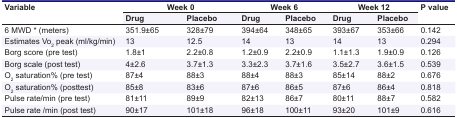
<table><thead><tr><td rowspan="2"><b>Variable</b></td><td colspan="2"><b>Week 0</b></td><td colspan="2"><b>Week 6</b></td><td colspan="2"><b>Week 12</b></td><td rowspan="2"><b>P value</b></td></tr><tr><td><b>Drug</b></td><td><b>Placebo</b></td><td><b>Drug</b></td><td><b>Placebo</b></td><td><b>Drug</b></td><td><b>Placebo</b></td></tr></thead><tbody><tr><td>6 MWD * (meters)</td><td>351.9±65</td><td>328±79</td><td>394±64</td><td>348±65</td><td>393±67</td><td>353±66</td><td>0.142</td></tr><tr><td>Estimates Vo<sub>2</sub> peak (ml/kg/min)</td><td>13</td><td>12.5</td><td>14</td><td>13</td><td>14</td><td>13</td><td>0.294</td></tr><tr><td>Borg score (pre test)</td><td>1.8±1</td><td>2.2±0.8</td><td>1.2±0.9</td><td>2.2±0.9</td><td>1.1±1.3</td><td>1.9±0.9</td><td>0.126</td></tr><tr><td>Borg scale (post test)</td><td>4±2.6</td><td>3.7±1.3</td><td>3.3±2.3</td><td>3.7±1.6</td><td>3.5±2.7</td><td>3.6±1.5</td><td>0.539</td></tr><tr><td>O<sub>2</sub> saturation% (pre test)</td><td>87±4</td><td>88±3</td><td>88±4</td><td>88±3</td><td>85±14</td><td>88±2</td><td>0.676</td></tr><tr><td>O<sub>2</sub> saturation% (posttest)</td><td>85±8</td><td>83±6</td><td>87±6</td><td>86±5</td><td>87±6</td><td>86±4</td><td>0.818</td></tr><tr><td>Pulse rate/min (pre test)</td><td>81±11</td><td>89±9</td><td>82±13</td><td>86±7</td><td>80±11</td><td>88±7</td><td>0.582</td></tr><tr><td>Pulse rate /min (post test)</td><td>90±17</td><td>101±18</td><td>96±18</td><td>100±11</td><td>93±20</td><td>101±9</td><td>0.616</td></tr></tbody></table>